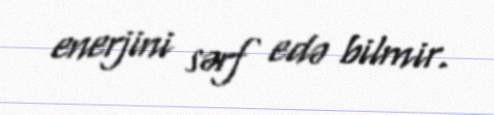
enerjini sərf edə bilmir.